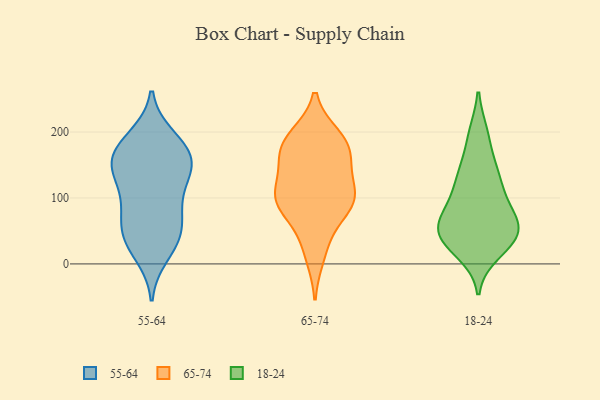
{"axis": {"x": "Active Users", "y": "Value"}, "legend": ["18-24", "55-64", "65-74"], "data": [{"x": "", "y": 47, "type": "55-64"}, {"x": "", "y": 161, "type": "55-64"}, {"x": "", "y": 37, "type": "55-64"}, {"x": "", "y": 144, "type": "55-64"}, {"x": "", "y": 156, "type": "55-64"}, {"x": "", "y": 14, "type": "55-64"}, {"x": "", "y": 83, "type": "55-64"}, {"x": "", "y": 143, "type": "55-64"}, {"x": "", "y": 101, "type": "55-64"}, {"x": "", "y": 111, "type": "55-64"}, {"x": "", "y": 30, "type": "55-64"}, {"x": "", "y": 181, "type": "55-64"}, {"x": "", "y": 144, "type": "55-64"}, {"x": "", "y": 156, "type": "55-64"}, {"x": "", "y": 56, "type": "55-64"}, {"x": "", "y": 192, "type": "55-64"}, {"x": "", "y": 69, "type": "55-64"}, {"x": "", "y": 185, "type": "55-64"}, {"x": "", "y": 94, "type": "65-74"}, {"x": "", "y": 114, "type": "65-74"}, {"x": "", "y": 145, "type": "65-74"}, {"x": "", "y": 187, "type": "65-74"}, {"x": "", "y": 193, "type": "65-74"}, {"x": "", "y": 160, "type": "65-74"}, {"x": "", "y": 38, "type": "65-74"}, {"x": "", "y": 102, "type": "65-74"}, {"x": "", "y": 189, "type": "65-74"}, {"x": "", "y": 92, "type": "65-74"}, {"x": "", "y": 12, "type": "65-74"}, {"x": "", "y": 88, "type": "65-74"}, {"x": "", "y": 86, "type": "65-74"}, {"x": "", "y": 176, "type": "65-74"}, {"x": "", "y": 162, "type": "65-74"}, {"x": "", "y": 107, "type": "65-74"}, {"x": "", "y": 196, "type": "18-24"}, {"x": "", "y": 53, "type": "18-24"}, {"x": "", "y": 122, "type": "18-24"}, {"x": "", "y": 85, "type": "18-24"}, {"x": "", "y": 98, "type": "18-24"}, {"x": "", "y": 18, "type": "18-24"}, {"x": "", "y": 135, "type": "18-24"}, {"x": "", "y": 134, "type": "18-24"}, {"x": "", "y": 47, "type": "18-24"}, {"x": "", "y": 146, "type": "18-24"}, {"x": "", "y": 195, "type": "18-24"}, {"x": "", "y": 46, "type": "18-24"}, {"x": "", "y": 29, "type": "18-24"}, {"x": "", "y": 85, "type": "18-24"}, {"x": "", "y": 63, "type": "18-24"}, {"x": "", "y": 53, "type": "18-24"}, {"x": "", "y": 62, "type": "18-24"}, {"x": "", "y": 39, "type": "18-24"}, {"x": "", "y": 32, "type": "18-24"}]}